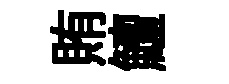
賄鱣